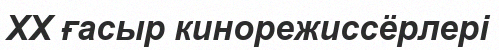
XX ғасыр кинорежиссёрлері